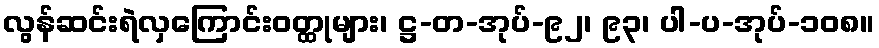
လွန်ဆင်းရဲလှကြောင်းဝတ္ထုများ၊ ဋ္ဌ-တ-အုပ်-၉၂၊ ၉၃၊ ပါ-ပ-အုပ်-၁၀၈။